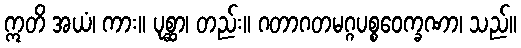
ဣတိ အယံ၊ ကား။ ပုစ္ဆာ၊ တည်း။ ဂတာဂတမဂ္ဂပစ္စဝေက္ခဏာ၊ သည်။